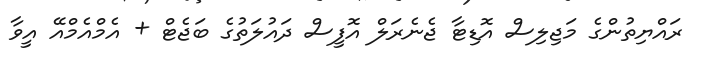
ރައްޔިތުންގެ މަޖިލިސް އޮޑިޓާ ޖެނެރަލް އޮފީސް ދައުލަތުގެ ބަޖެޓް + އެމްއެމްއޭ އީވާ